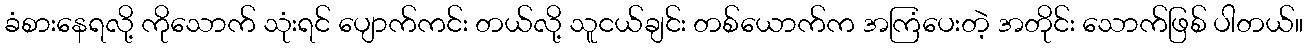
ခံစားနေရလို့ ကိုသောက် သုံးရင် ပျောက်ကင်း တယ်လို့ သူငယ်ချင်း တစ်ယောက်က အကြံပေးတဲ့ အတိုင်း သောက်ဖြစ် ပါတယ်။